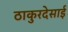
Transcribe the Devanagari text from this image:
ठाकुरदेसाई